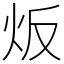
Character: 炍